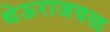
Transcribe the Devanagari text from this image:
थेऊराजवळ